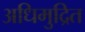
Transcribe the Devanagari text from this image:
अधिमुद्रित